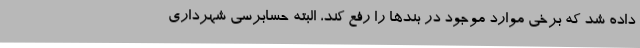
داده شد که برخی موارد موجود در بندها را رفع کند، البته حسابرسی شهرداری